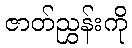
ဇာတ်ညွှန်းကို